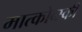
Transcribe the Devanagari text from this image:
मात्कोव्स्की